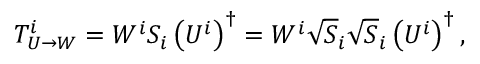
T _ { U \rightarrow W } ^ { i } = W ^ { i } S _ { i } \left( U ^ { i } \right) ^ { \dagger } = W ^ { i } \sqrt { S } _ { i } \sqrt { S } _ { i } \left( U ^ { i } \right) ^ { \dagger } ,